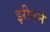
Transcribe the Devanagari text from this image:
इरीनने